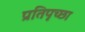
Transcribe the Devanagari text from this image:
प्रतिपृच्छा